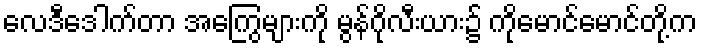
လေဒီဒေါက်တာ အကြွေများကို မွန်ဂိုလီးယား၌ ကိုမောင်မောင်တို့က